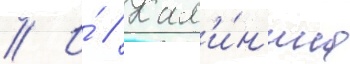
// И́ // Кал'и́н'ина